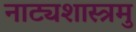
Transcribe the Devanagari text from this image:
नाट्यशास्त्रमु